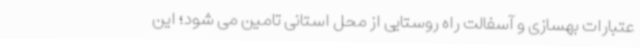
عتبارات بهسازی و آسفالت راه روستایی از محل استانی تامین می شود؛ این